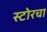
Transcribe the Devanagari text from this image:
स्टोरचा